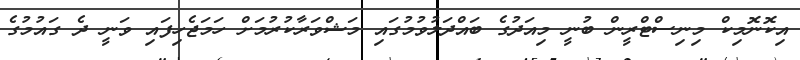
އިކޮނޮމިކް މިނިސްޓްރީން ބުނީ މިއަދުގެ ބައްދަލުވުމުގައި މަޝްވަރާކުރުމަށް ހަމަޖެހިފައި ވަނީ ދެ ގައުމުގެ